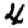
Digit: 4